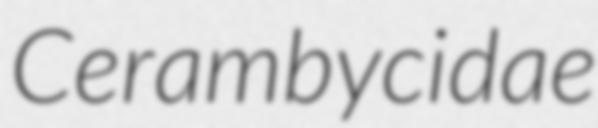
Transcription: Cerambycidae